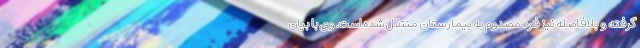
گرفته و بلافاصله نیز فرد مصدوم به بیمارستان منتقل شده است. وی با بیان